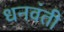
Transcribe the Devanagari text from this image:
धनवंती